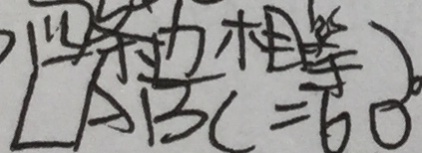
\angle A B C = 6 0 ^ { \circ }